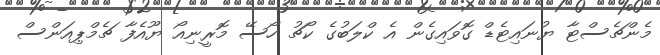
މެންޗެސްޓާ ޔުނައިޓެޑް ގޮވައިގެން އެ ކްލަބުގެ ކޯޗު ހޯސޭ މޮރީނިއޯ ޔޫއެފާ ޗެމްޕިއަންސް